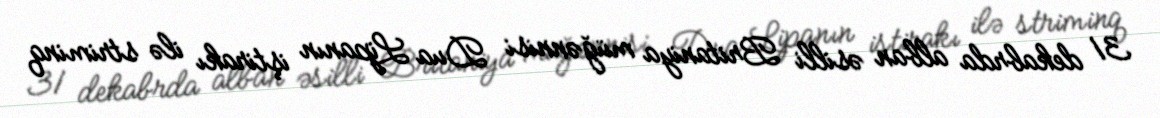
31 dekabrda alban əsilli Britaniya müğənnisi Dua Lipanın iştirakı ilə striminq